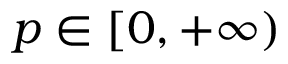
p \in [ 0 , + \infty )